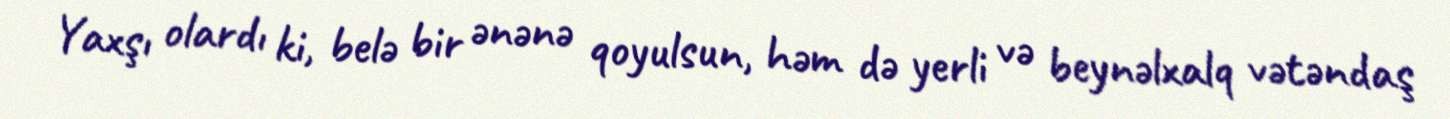
Yaxşı olardı ki, belə bir ənənə qoyulsun, həm də yerli və beynəlxalq vətəndaş